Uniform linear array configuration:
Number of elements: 8
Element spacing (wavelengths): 0.75
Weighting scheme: exponential
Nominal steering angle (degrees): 15
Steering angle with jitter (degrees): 15.727
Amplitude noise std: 0.05
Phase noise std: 0.05

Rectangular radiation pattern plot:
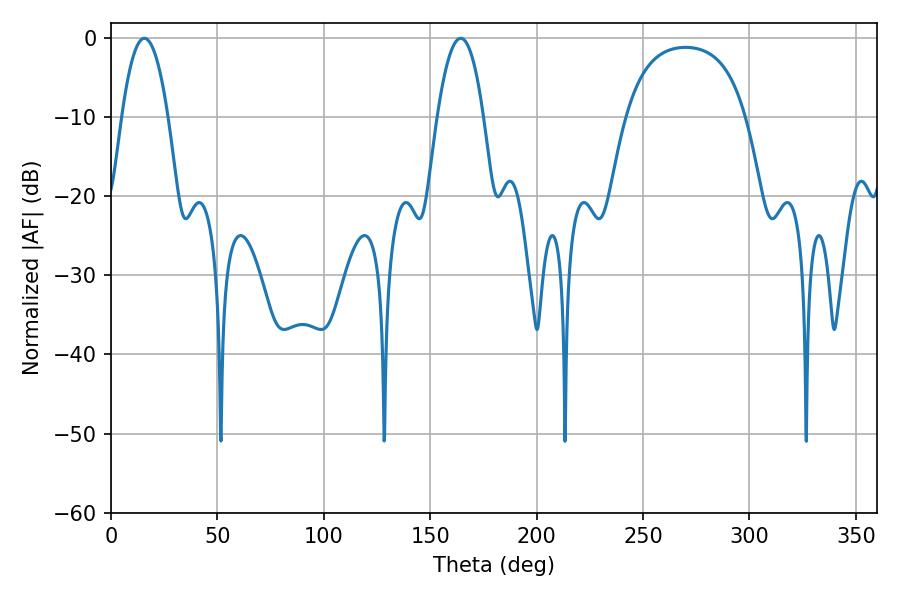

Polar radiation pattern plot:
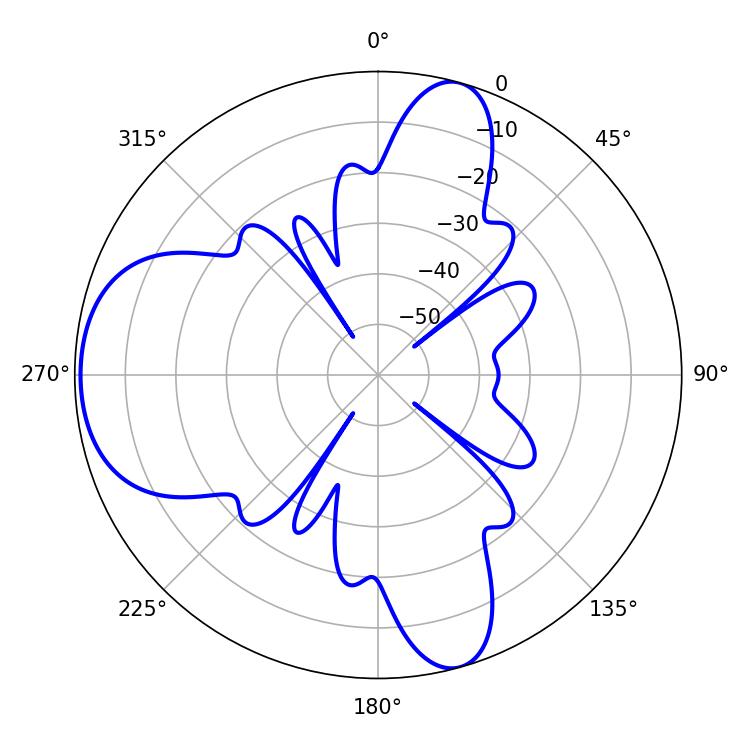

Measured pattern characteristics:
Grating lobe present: TRUE
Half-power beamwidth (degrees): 12.06
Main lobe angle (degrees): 15.66